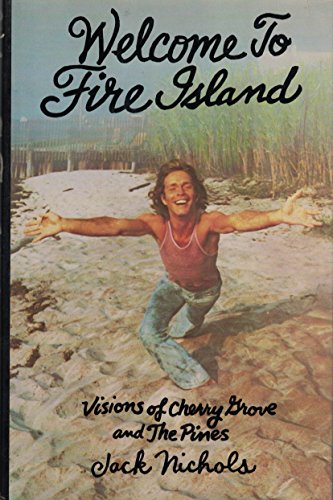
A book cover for Welcome to Fire Island: Visions of Cherry Grove and the Pines; Jack Nichols; Gay & Lesbian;